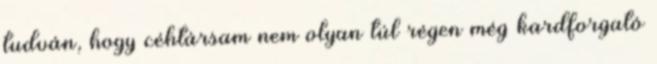
tudván, hogy céhtársam nem olyan túl régen még kardforgató